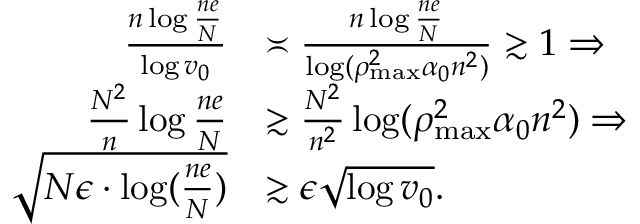
\begin{array} { r l } { \frac { n \log \frac { n e } { N } } { \log v _ { 0 } } } & { \asymp \frac { n \log \frac { n e } { N } } { \log ( \rho _ { \operatorname* { m a x } } ^ { 2 } \alpha _ { 0 } n ^ { 2 } ) } \gtrsim 1 \Rightarrow } \\ { \frac { N ^ { 2 } } { n } \log \frac { n e } { N } } & { \gtrsim \frac { N ^ { 2 } } { n ^ { 2 } } \log ( \rho _ { \operatorname* { m a x } } ^ { 2 } \alpha _ { 0 } n ^ { 2 } ) \Rightarrow } \\ { \sqrt { N \epsilon \cdot \log ( \frac { n e } { N } ) } } & { \gtrsim \epsilon \sqrt { \log v _ { 0 } } . } \end{array}